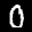
Label: 0